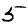
Digit: 5